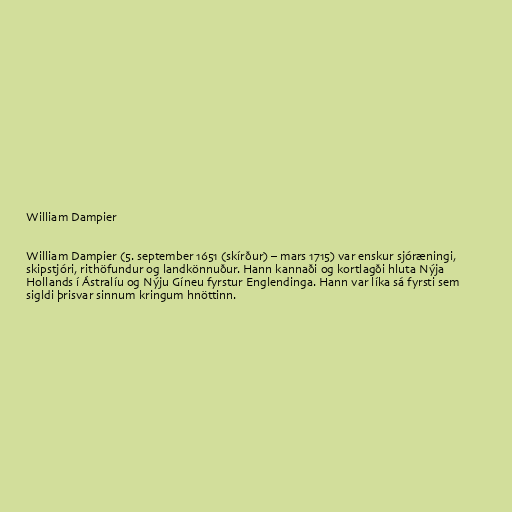
William Dampier

William Dampier (5. september 1651 (skírður) – mars 1715) var enskur sjóræningi,
skipstjóri, rithöfundur og landkönnuður. Hann kannaði og kortlagði hluta Nýja
Hollands í Ástralíu og Nýju Gíneu fyrstur Englendinga. Hann var líka sá fyrsti sem
sigldi þrisvar sinnum kringum hnöttinn.